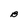
Character: B